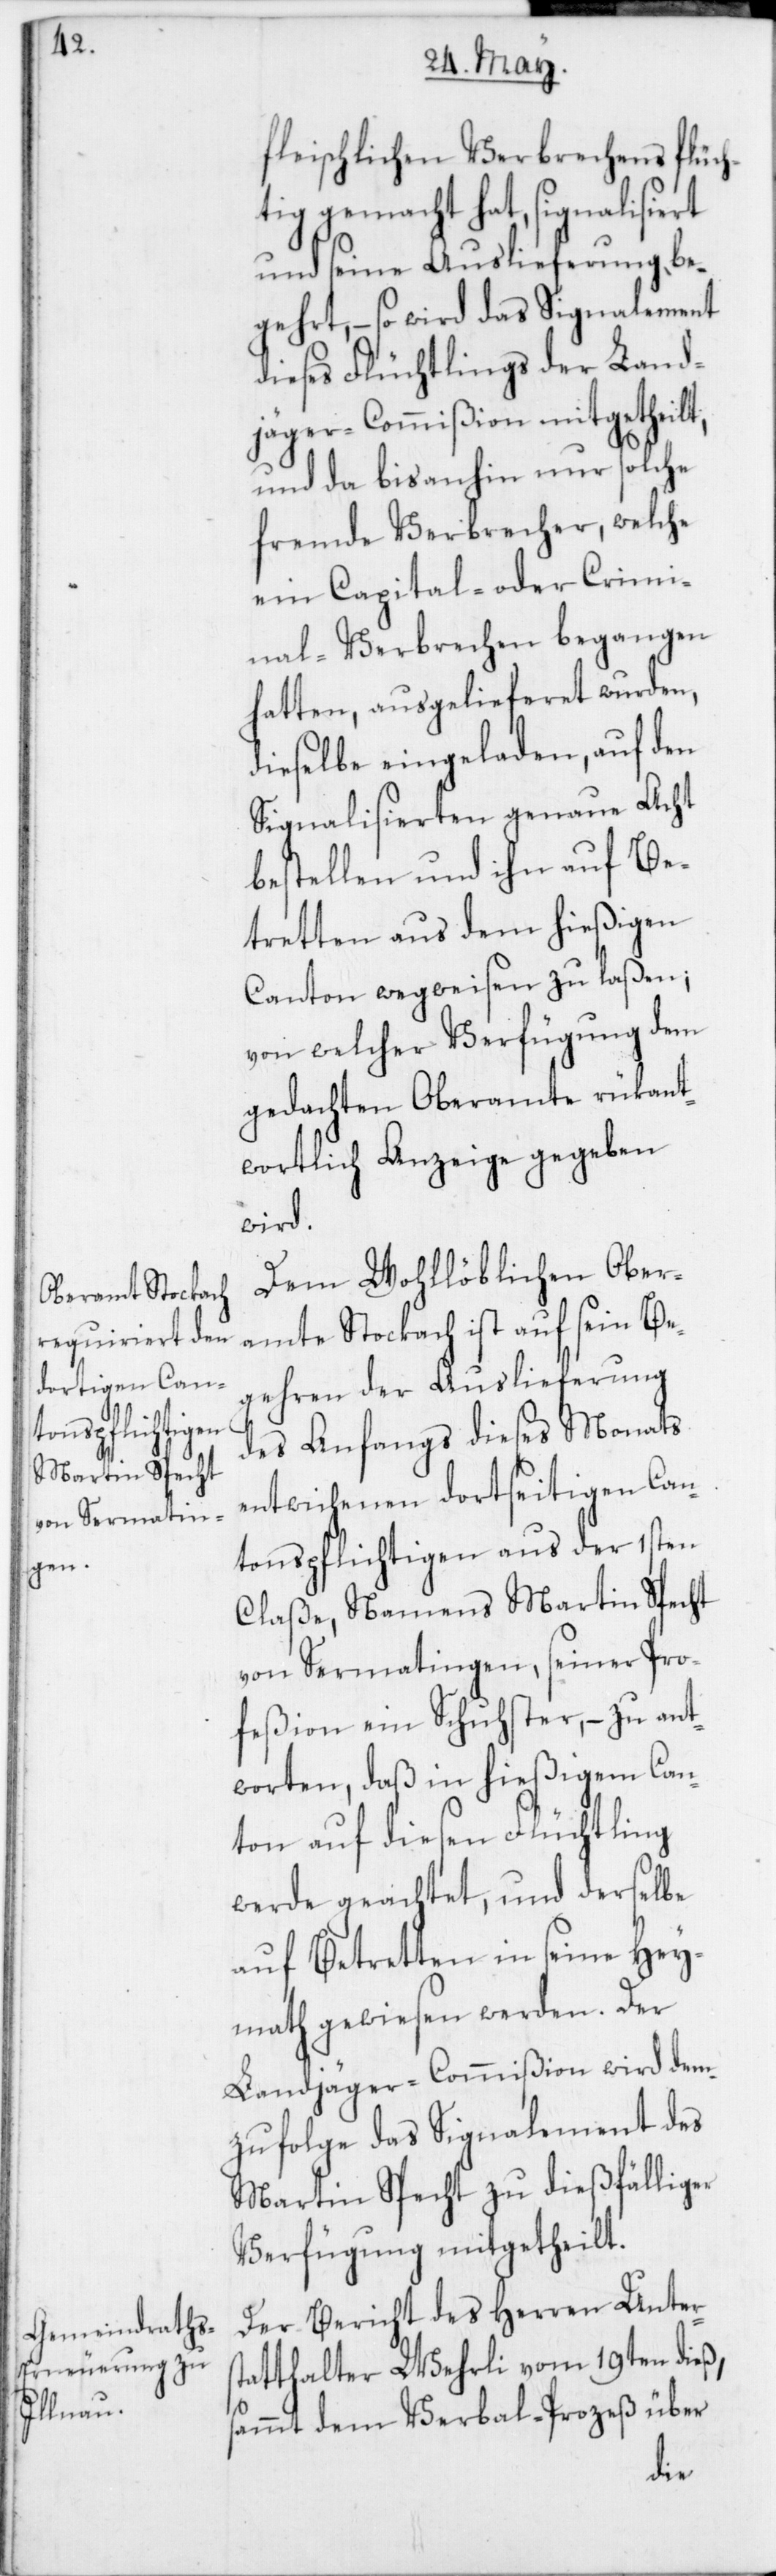
fleischlichen Verbrechens flüch¬
tig gemacht hat, signalisiert
und seine Auslieferung be¬
gehrt, – so wird das Signalement
dieses Flüchtlings der Land¬
jäger-Commißion mitgetheilt,
und da bisanhin nur solche
fremde Verbrecher, welche
ein Capital- oder Crimi¬
nal-Verbrechen begangen
hatten, ausgelieferet wurden,
dieselbe eingeladen, auf den
Signalisierten genaue Acht
bestellen und ihn auf Be¬
tretten aus dem hießigen
Canton wegweisen zu laßen;
von welcher Verfügung dem
gedachten Oberamte rückant¬
wortlich Anzeige gegeben
wird.
Dem Wohllöblichen Ober¬
amte Stockach ist auf sein Be¬
gehren der Auslieferung
des Anfangs dieses Monats
entwichenen dortseitigen Can¬
tonspflichtigen aus der 1sten
Claße, Namens Martin Specht
von Sermatingen, seiner Pro¬
feßion ein Schuster, – zu ant¬
worten, daß in hießigem Can¬
ton auf diesen Flüchtling
werde geachtet, und derselbe
auf Betretten in seine Hey¬
math gewiesen werden. Der
Landjäger-Commißion wird dem¬
zufolge das Signalement des
Martin Specht zu dießfälliger
Verfügung mitgetheilt.
Der Bericht des Herren Unters¬
tatthalter Wehrli vom 19ten dieß,
sammt dem Verbal-Prozeß über